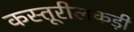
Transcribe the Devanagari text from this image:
कस्तूरीलकड़ी